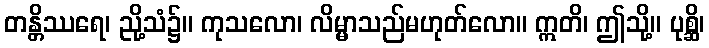
တန္တိဿရေ၊ ညို့သံ၌။ ကုသလော၊ လိမ္မာသည်မဟုတ်လော။ ဣတိ၊ ဤသို့။ ပုစ္ဆိ၊